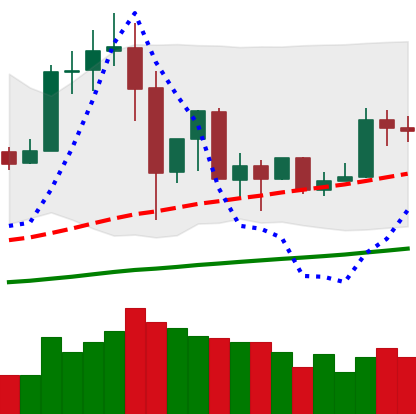
Ticker: TRX-USD
Chart end date: 2019-07-09
Forward return: -26.303%
Label: down_7plus